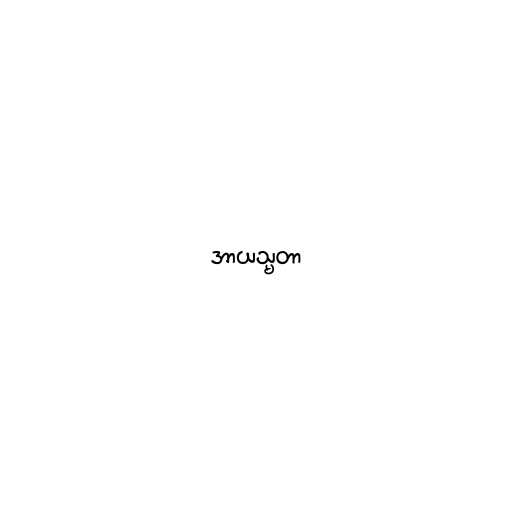
အာယသ္မတာ